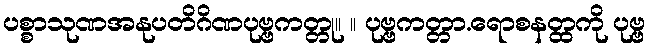
ပစ္စာသုဏအနုပတိဂိဏပုဗ္ဗကတ္တု။ ။ ပုဗ္ဗကတ္တာ.ရောစနတ္ထကို ပုဗ္ဗ